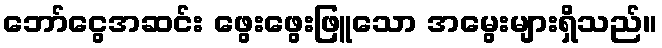
ဘော်ငွေအဆင်း ဖွေးဖွေးဖြူသော အမွေးများရှိသည်။